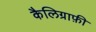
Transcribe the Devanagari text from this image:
कैलिग्राफ़ी